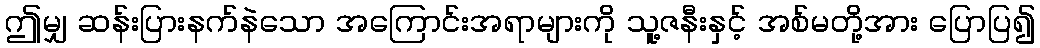
ဤမျှ ဆန်းပြားနက်နဲသော အကြောင်းအရာများကို သူ့ဇနီးနှင့် အစ်မတို့အား ပြောပြ၍